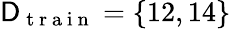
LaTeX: \mathsf{D}_{\mathrm{~t~r~a~i~n~}}=\{ 12,14\}